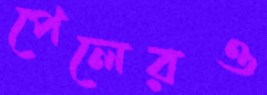
পেলেরও